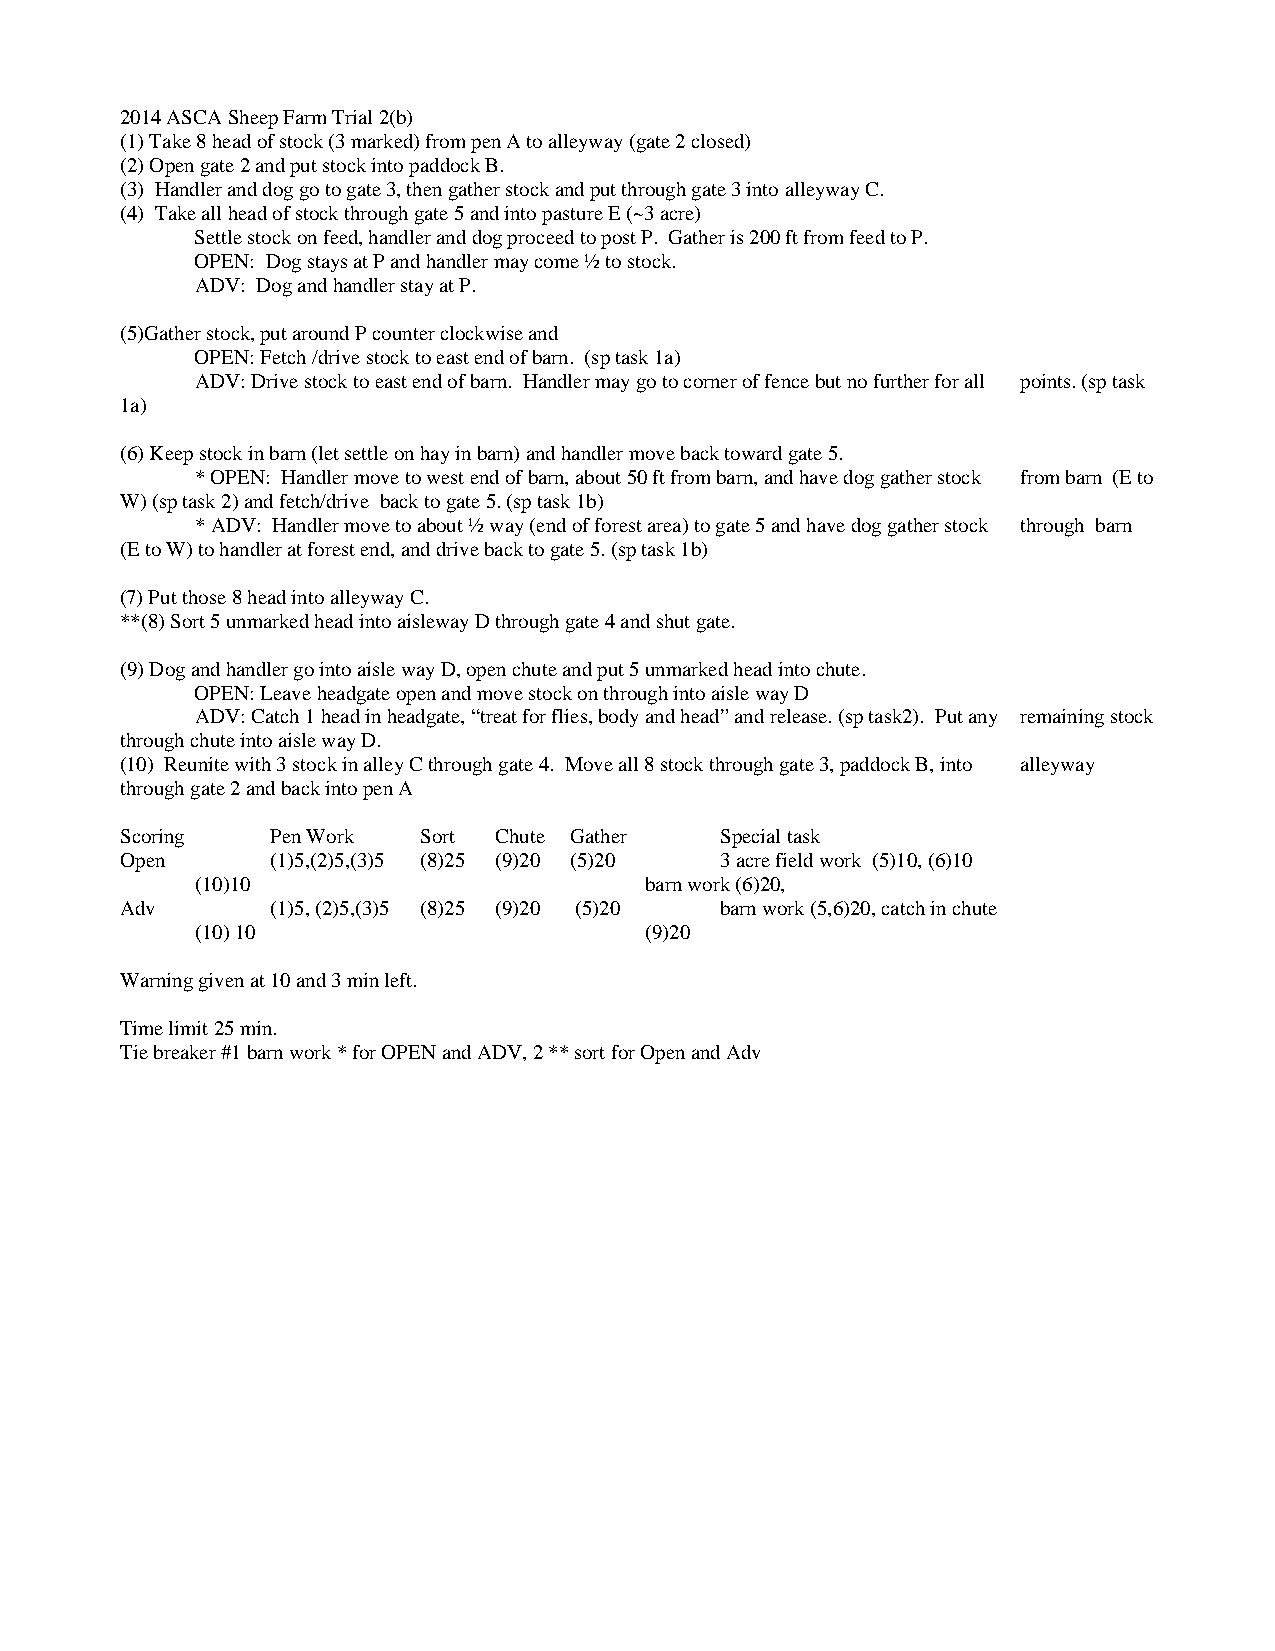
2014 ASCA Sheep Farm Trial 2(b)
 (1) Take 8 head of stock (3 marked) from pen A to alleyway (gate 2 closed)
 (2) Open gate 2 and put stock into paddock B.
 (3) Handler and dog go to gate 3, then gather stock and put through gate 3 into alleyway C.
 (4) Take all head of stock through gate 5 and into pasture E (~3 acre)
 Settle stock on feed, handler and dog proceed to post P. Gather is 200 ft from feed to P.
 OPEN: Dog stays at P and handler may come ½ to stock.
 ADV: Dog and handler stay at P.
 (5)Gather stock, put around P counter clockwise and
 OPEN: Fetch /drive stock to east end of barn. (sp task 1a)
 ADV: Drive stock to east end of barn. Handler may go to corner of fence but no further for all points. (sp task
 1a)
 (6) Keep stock in barn (let settle on hay in barn) and handler move back toward gate 5.
 * OPEN: Handler move to west end of barn, about 50 ft from barn, and have dog gather stock from barn (E to
 W) (sp task 2) and fetch/drive back to gate 5. (sp task 1b)
 * ADV: Handler move to about ½ way (end of forest area) to gate 5 and have dog gather stock through barn
 (E to W) to handler at forest end, and drive back to gate 5. (sp task 1b)
 (7) Put those 8 head into alleyway C.
 **(8) Sort 5 unmarked head into aisleway D through gate 4 and shut gate.
 (9) Dog and handler go into aisle way D, open chute and put 5 unmarked head into chute.
 OPEN: Leave headgate open and move stock on through into aisle way D
 ADV: Catch 1 head in headgate, “treat for flies, body and head” and release. (sp task2). Put any remaining stock
 through chute into aisle way D.
 (10) Reunite with 3 stock in alley C through gate 4. Move all 8 stock through gate 3, paddock B, into alleyway
 through gate 2 and back into pen A
 Scoring   Pen Work  Sort Chute Gather   Special task
 Open      (1)5,(2)5,(3)5 (8)25 (9)20 (5)20 3 acre field work (5)10, (6)10
 (10)10                        barn work (6)20,
 Adv       (1)5, (2)5,(3)5 (8)25 (9)20 (5)20 barn work (5,6)20, catch in chute
 (10) 10                       (9)20
 Warning given at 10 and 3 min left.
 Time limit 25 min.
 Tie breaker #1 barn work * for OPEN and ADV, 2 ** sort for Open and Adv